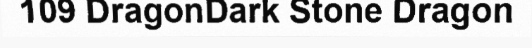
109 DragonDark Stone Dragon